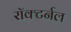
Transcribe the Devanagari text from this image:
रॉक्टर्नल